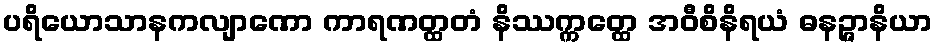
ပရိယောသာနကလျာဏော ကာရဏတ္ထတံ နိဿက္ကတ္ထေ အဝီစိနိရယံ ဓနဉ္ဇာနိယာ